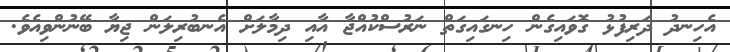
އެހިނދު ދަރިފުޅު ގޮވައިގެން ހިނގައިގަތް ނަރުސްކުއްޖާ އާއި ދިމާލަށް އެނބުރިލަން ޖިޔާ ބޭނުންވިއެވެ.